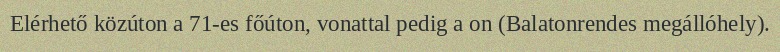
Elérhető közúton a 71-es főúton, vonattal pedig a on (Balatonrendes megállóhely).